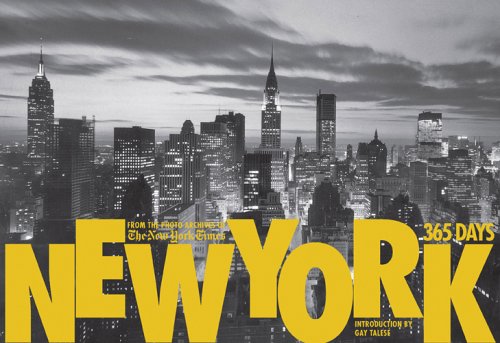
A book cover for New York: 365 Days; New York Times; Arts & Photography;